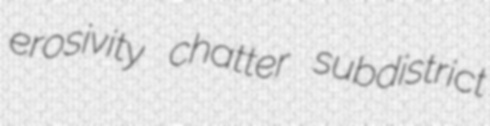
erosivity chatter subdistrict